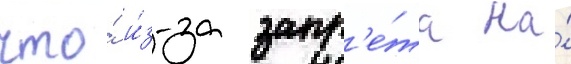
что́ и́з-за запр'е́та на́